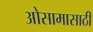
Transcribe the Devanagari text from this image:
ओसामासाठी